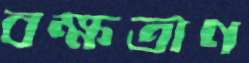
বক্ষত্রাণ